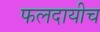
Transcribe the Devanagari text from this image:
फलदायीच